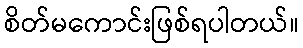
စိတ်မကောင်းဖြစ်ရပါတယ်။